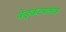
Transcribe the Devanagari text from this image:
वेङ्कटमाधव